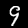
Label: 9